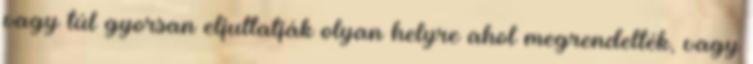
vagy túl gyorsan eljuttatják olyan helyre ahol megrendelték, vagy